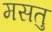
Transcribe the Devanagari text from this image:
मसतु